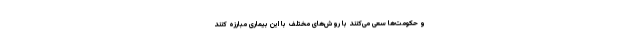
و حکومت‌ها سعی می‌کنند با روش‌های مختلف با این بیماری مبارزه کنند